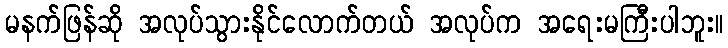
မနက်ဖြန်ဆို အလုပ်သွားနိုင်လောက်တယ် အလုပ်က အရေးမကြီးပါဘူး။